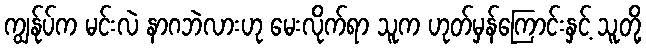
ကျွန်ုပ်က မင်းလဲ နာဂဘဲလားဟု မေးလိုက်ရာ သူက ဟုတ်မှန်ကြောင်းနှင့် သူတို့